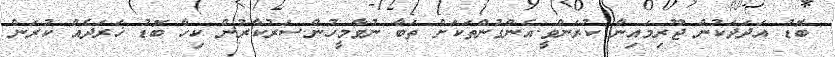
ބޮޑު އަދަދަކުން ޖޫރިމައިނާ ކުރަންވީ.އެންގުންތަކަށް ތަބާ ނުވާމީހުން.ސަރުކާރުން ކިހާ ބޮޑު ޚަރަދެއް ކުރަން